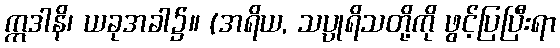
ဣဒါနိ၊ ယခုအခါ၌။ (အရိယ, သပ္ပုရိသတို့ကို ဖွင့်ပြပြီးရာ